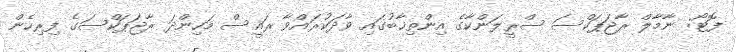
ފޮޓޯ: ނާމާލް ރާޖަޕަކްސަ ސްރީލަންކާގެ އިންތިޚާބުގައި ވާދަކުރައްވާ ރައީސް މަހިންދަ ރާޖަޕަކްސަގެ ފިރިހެން